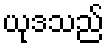
ယုဒသည်